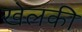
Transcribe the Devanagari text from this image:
खेलकी